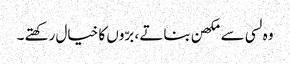
وہ لسی سے مکھن بناتے ، برّوں کا خیال رکھتے ۔